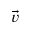
\vec { v }